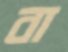
বা